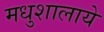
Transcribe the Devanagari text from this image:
मधुशालाये